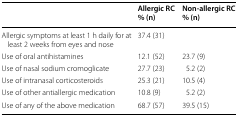
<table><thead><tr><td>[EMPTY_CELL]</td><td><b>Allergic RC % (n)</b></td><td><b>Non-allergic RC % (n)</b></td></tr></thead><tbody><tr><td>Allergic symptoms at least 1 h daily for at least 2 weeks from eyes and nose</td><td>37.4 (31)</td><td>[EMPTY_CELL]</td></tr><tr><td>Use of oral antihistamines</td><td>12.1 (52)</td><td>23.7 (9)</td></tr><tr><td>Use of nasal sodium cromoglicate</td><td>27.7 (23)</td><td>5.2 (2)</td></tr><tr><td>Use of intranasal corticosteroids</td><td>25.3 (21)</td><td>10.5 (4)</td></tr><tr><td>Use of other antiallergic medication</td><td>10.8 (9)</td><td>5.2 (2)</td></tr><tr><td>Use of any of the above medication</td><td>68.7 (57)</td><td>39.5 (15)</td></tr></tbody></table>